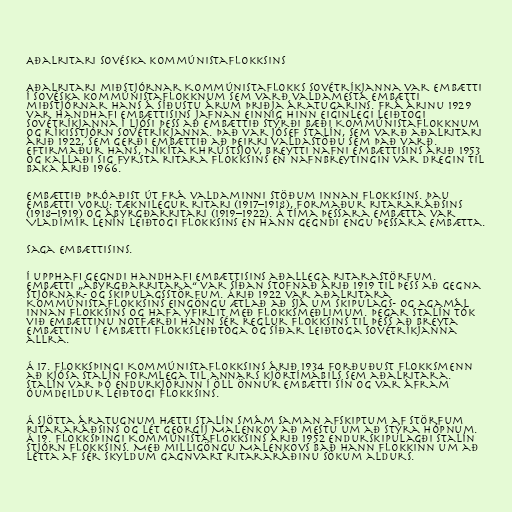
Aðalritari sovéska kommúnistaflokksins

Aðalritari miðstjórnar Kommúnistaflokks Sovétríkjanna var embætti
í sovéska kommúnistaflokknum sem varð valdamesta embætti
miðstjórnar hans á síðustu árum þriðja áratugarins. Frá árinu 1929
var handhafi embættisins jafnan einnig hinn eiginlegi leiðtogi
Sovétríkjanna í ljósi þess að embættið stýrði bæði Kommúnistaflokknum
og ríkisstjórn Sovétríkjanna. Það var Jósef Stalín, sem varð aðalritari
árið 1922, sem gerði embættið að þeirri valdastöðu sem það varð.
Eftirmaður hans, Níkíta Khrústsjov, breytti nafni embættisins árið 1953
og kallaði sig fyrsta ritara flokksins en nafnbreytingin var dregin til
baka árið 1966.

Embættið þróaðist út frá valdaminni stöðum innan flokksins. Þau
embætti voru: Tæknilegur ritari (1917–1918), formaður ritararáðsins
(1918–1919) og ábyrgðarritari (1919–1922). Á tíma þessara embætta var
Vladímír Lenín leiðtogi flokksins en hann gegndi engu þessara embætta.

Saga embættisins.

Í upphafi gegndi handhafi embættisins aðallega ritarastörfum.
Embætti „ábyrgðarritara“ var síðan stofnað árið 1919 til þess að gegna
stjórnar- og skipulagsstörfum. Árið 1922 var aðalritara
Kommúnistaflokksins eingöngu ætlað að sjá um skipulags- og agamál
innan flokksins og hafa yfirlit með flokksmeðlimum. Þegar Stalín tók
við embættinu notfærði hann sér reglur flokksins til þess að breyta
embættinu í embætti flokksleiðtoga og síðar leiðtoga Sovétríkjanna
allra.

Á 17. flokksþingi Kommúnistaflokksins árið 1934 forðuðust flokksmenn
að kjósa Stalín formlega til annars kjörtímabils sem aðalritara.
Stalín var þó endurkjörinn í öll önnur embætti sín og var áfram
óumdeildur leiðtogi flokksins.

Á sjötta áratugnum hætti Stalín smám saman afskiptum af störfum
ritararáðsins og lét Georgíj Malenkov að mestu um að stýra hópnum.
Á 19. flokksþingi Kommúnistaflokksins árið 1952 endurskipulagði Stalín
stjórn flokksins. Með milligöngu Malenkovs bað hann flokkinn um að
létta af sér skyldum gagnvart ritararáðinu sökum aldurs.